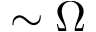
\sim \Omega